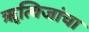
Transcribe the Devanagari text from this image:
ॠत्विजांचा